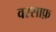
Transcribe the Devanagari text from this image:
वस्साफ़